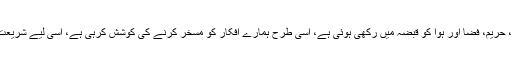
افغان غیور ملت کو سمجھنا چاہیے کہ استعماری افواج نے جس طرح ہمارے ملک، حریم، فضا اور ہوا کو قبضہ میں رکھی ہوئی ہے، اسی طرح ہمارے افکار کو مسخر کرنے کی کوشش کرہی ہے، اسی لیے شریعت مقدسہ اور مجاہدین کی حریت پسند صدا کو اپنی ملت تک پہنچنے نہیں دینا چاہتی۔